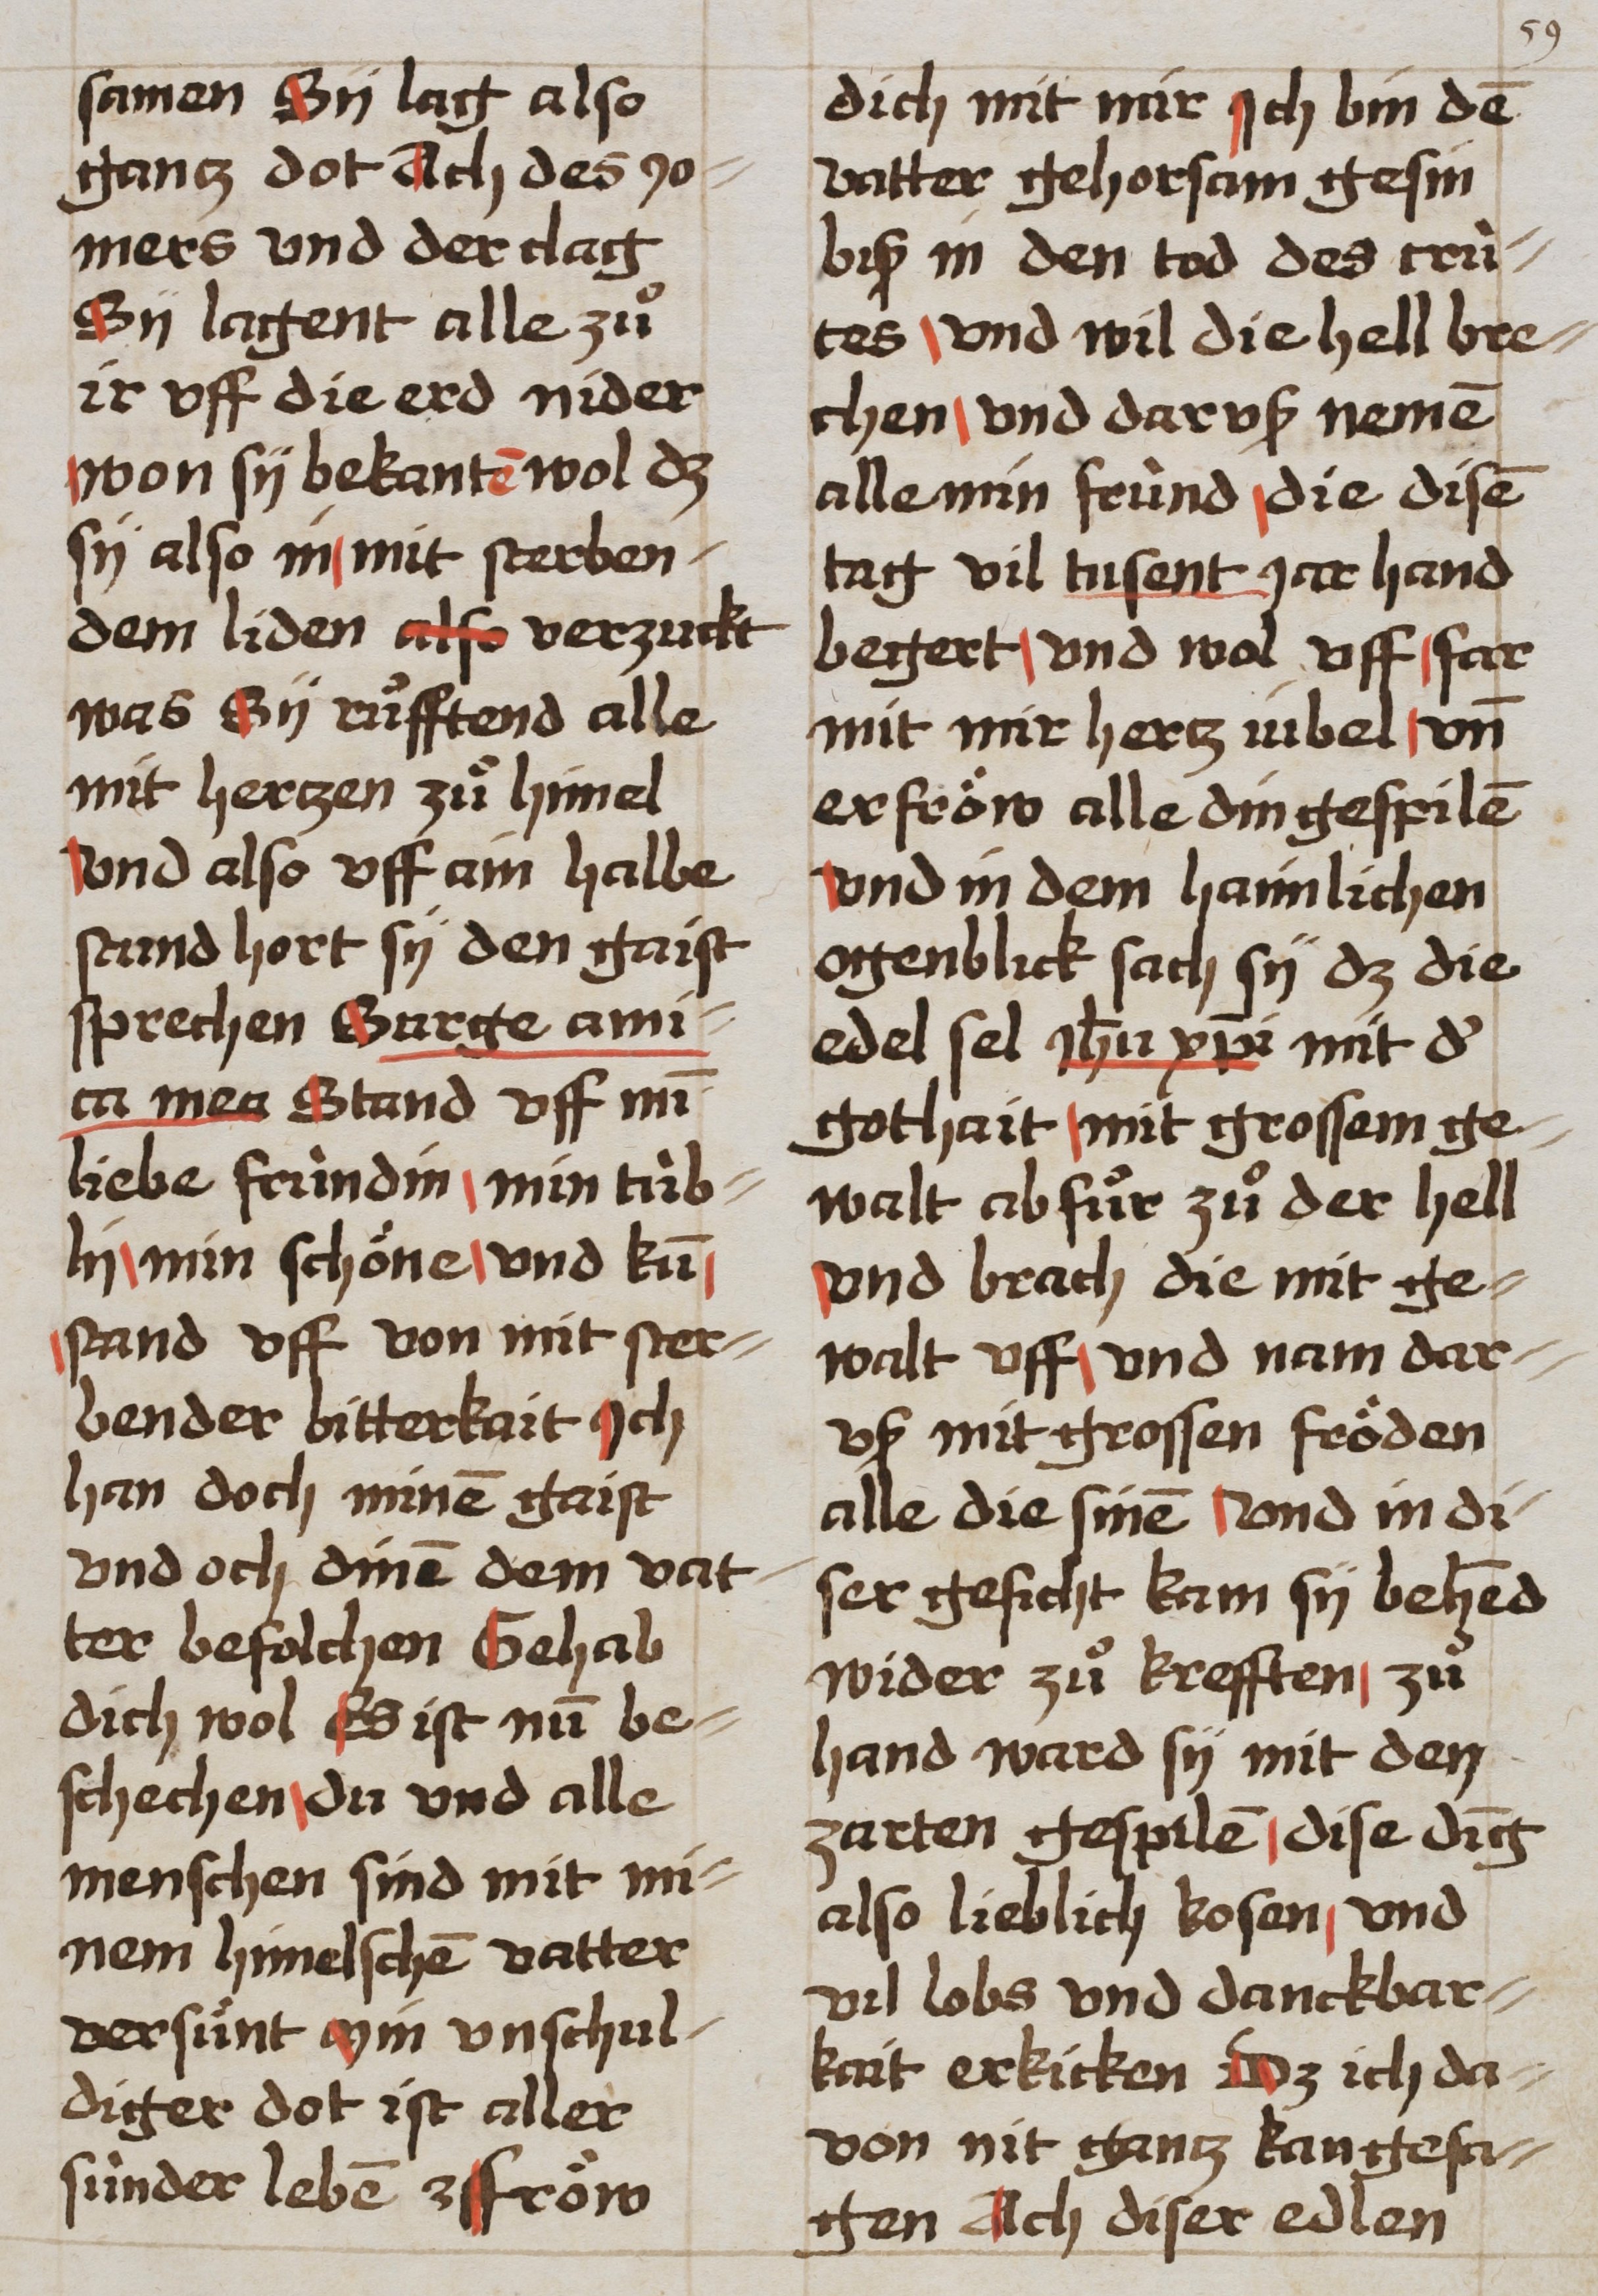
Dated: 1493–1493